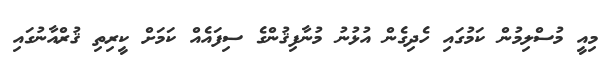
މިއީ މުސްލިމުން ކަމުގައި ހެދިގެން އުޅުނު މުނާފިޤުންގެ ސިފައެއް ކަމަށް ކީރިތި ޤުރްއާނުގައި